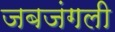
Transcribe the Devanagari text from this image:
जबजंगली